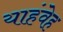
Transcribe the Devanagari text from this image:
याहंवेह